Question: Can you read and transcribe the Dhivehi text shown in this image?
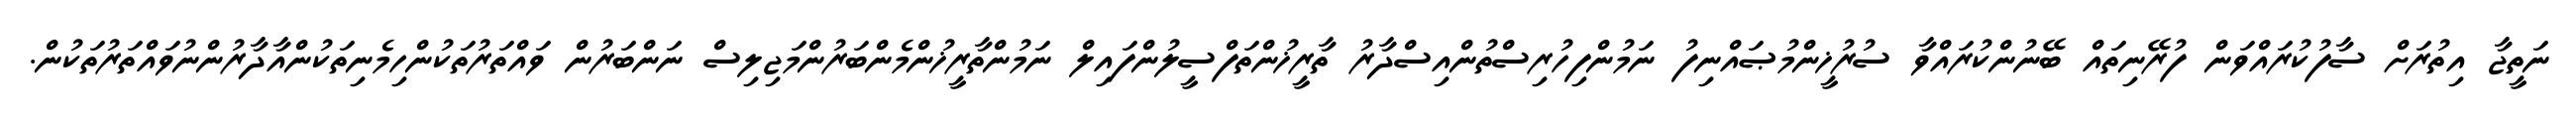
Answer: ނަތީޖާ އިތުރަށް ސާފުކުރައްވަން ފުރޭނިތައް ބޭނުންކުރައްވާ ސުރުޚީންމުޞައްނިފު ނަމުންފިހުރިސްތުންއިސްދާރު ތާރީޚުންތަފްސީލުންފައިލް ނަމުންތާރީޚުންމެންބަރުންމަޖިލިސް ނަންބަރުން ވައްތަރުތަކުންހިމެނިތަކުންއާދާރުންނުވައްތަރުތަކުން.